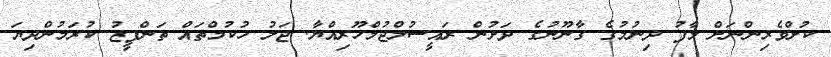
ކުށްވެރިންނަށް މާފު ދިނުމުގެ ގާނޫނުގެ ދަށުން ރައީސުލްޖުމްހޫރިއްޔާ